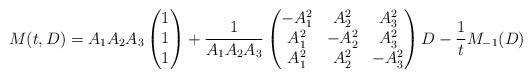
LaTeX: \begin{align*}M(t, D)= A_1 A_2 A_3\begin{pmatrix}1\\1\\1\end{pmatrix}+ \dfrac{1}{A_1 A_2 A_3}\begin{pmatrix}-A_1^2 & A_2^2 & A_3^2 \\A_1^2 & -A_2^2 & A_3^2 \\A_1^2 & A_2^2 & -A_3^2\end{pmatrix}D-\dfrac{1}{t} M_{-1} (D)\end{align*}